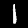
Digit: 1